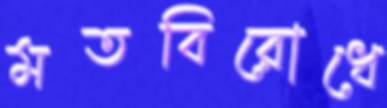
মতবিরোধে